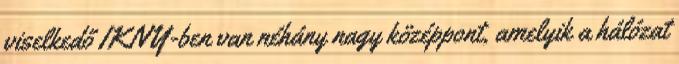
viselkedő IKNY-ben van néhány nagy középpont, amelyik a hálózat